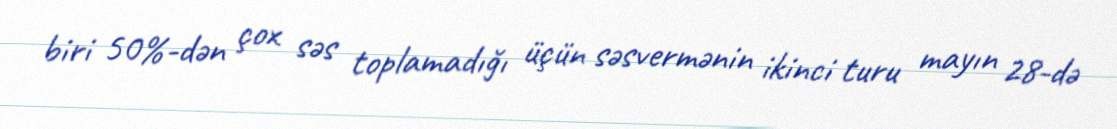
biri 50%-dən çox səs toplamadığı üçün səsvermənin ikinci turu mayın 28-də